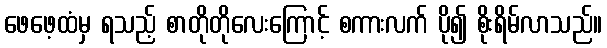
ဖေဖေ့ထံမှ ရသည့် စာတိုတိုလေးကြောင့် စကားလက် ပို၍ စိုးရိမ်လာသည်။